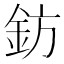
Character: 鈁